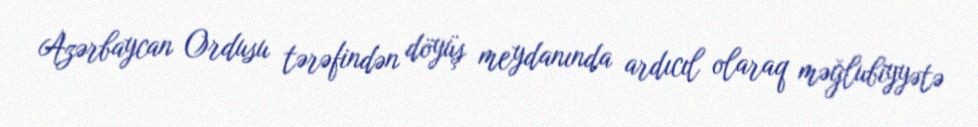
Azərbaycan Ordusu tərəfindən döyüş meydanında ardıcıl olaraq məğlubiyyətə